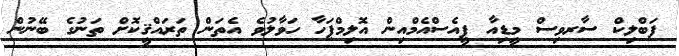
ފަބްލިކް ސާރވިސް މީޑިއާ ޕީއެސްއެމްއިން އޮލިމްޕަހާ ހަވާލުވެ އެތަން ތަރައްޤީކޮށް ތަނުގެ ބޭނުން